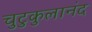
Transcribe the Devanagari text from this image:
चुटुकुलानंद